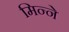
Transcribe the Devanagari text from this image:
मिन्ने